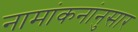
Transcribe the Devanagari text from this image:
नामांकनांनुसार